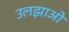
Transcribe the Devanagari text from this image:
उलझाओ